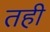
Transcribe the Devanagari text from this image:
तही